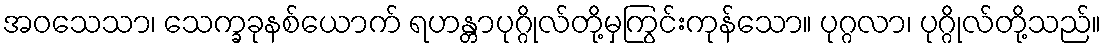
အဝသေသာ၊ သေက္ခခုနစ်ယောက် ရဟန္တာပုဂ္ဂိုလ်တို့မှကြွင်းကုန်သော။ ပုဂ္ဂလာ၊ ပုဂ္ဂိုလ်တို့သည်။